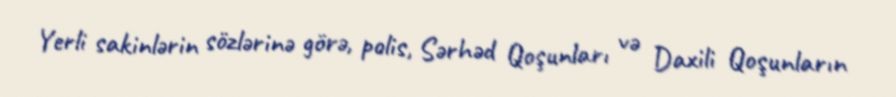
Yerli sakinlərin sözlərinə görə, polis, Sərhəd Qoşunları və Daxili Qoşunların